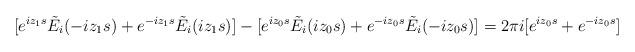
LaTeX: \begin{align*}[e^{iz_1s} \tilde{E}_i(-iz_1s) + e^{-iz_1s} \tilde{E}_i(iz_1s)] - [e^{iz_0s} \tilde{E}_i(iz_0s) + e^{-iz_0s} \tilde{E}_i(-iz_0s)] = 2 \pi i [ e^{iz_0s} + e^{-iz_0s} ] \end{align*}